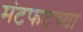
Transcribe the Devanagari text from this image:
मंटफटच्या